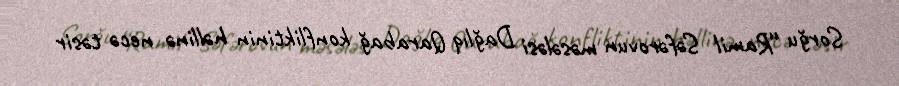
Sorğu “Ramil Səfərovun məsələsi Dağlıq Qarabağ konfliktinin həllinə necə təsir